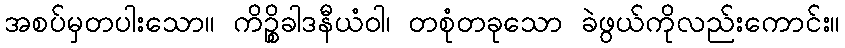
အစပ်မှတပါးသော။ ကိဉ္စိခါဒနီယံဝါ၊ တစုံတခုသော ခဲဖွယ်ကိုလည်းကောင်း။